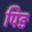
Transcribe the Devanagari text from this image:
पिङ